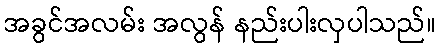
အခွင်အလမ်း အလွန် နည်းပါးလှပါသည်။